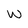
Character: w